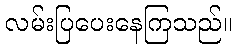
လမ်းပြပေးနေကြသည်။